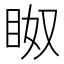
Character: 𱲰